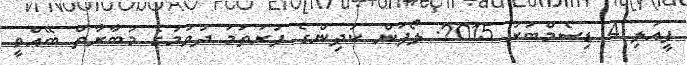
ފީއަލި 4 ޑިސެމްބަރު 2015: ލޯފަން ކުދިންގެ ފުރަތަމަ ދުވުމުގެ މުބާރާތް ބޭއްވީ